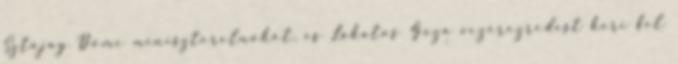
Sztójay Döme miniszterelnököt, és Lakatos Géza vezérezredest kéri fel